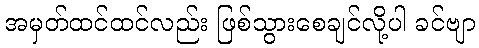
အမှတ်ထင်ထင်လည်း ဖြစ်သွားစေချင်လို့ပါ ခင်ဗျာ